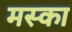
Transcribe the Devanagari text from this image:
मस्का